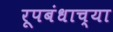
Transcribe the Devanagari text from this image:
रूपबंधाच्या